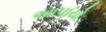
આપાયો